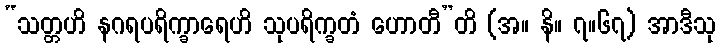
“သတ္တဟိ နဂရပရိက္ခာရေဟိ သုပရိက္ခတံ ဟောတီ”တိ (အ။ နိ။ ၇။၆၇) အာဒီသု